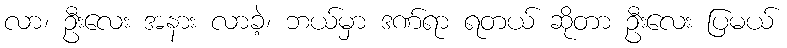
လာ၊ ဦးလေး အနား လာခဲ့၊ ဘယ်မှာ ဒဏ်ရာ ရတယ် ဆိုတာ ဦးလေး ပြမယ်